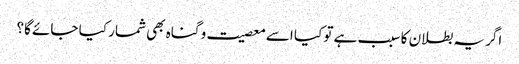
اگر یہ بطلان کا سبب ہے تو کیا اسے معصیت و گناہ بھی شمار کیا جائے گا؟